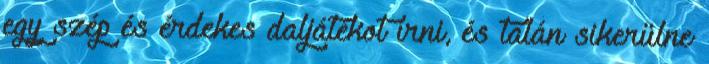
egy szép és érdekes daljátékot írni, és talán sikerülne